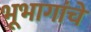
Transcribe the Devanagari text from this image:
भूभागांचे